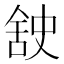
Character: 𮍸